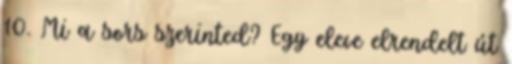
10. Mi a sors szerinted? Egy eleve elrendelt út